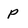
Character: p